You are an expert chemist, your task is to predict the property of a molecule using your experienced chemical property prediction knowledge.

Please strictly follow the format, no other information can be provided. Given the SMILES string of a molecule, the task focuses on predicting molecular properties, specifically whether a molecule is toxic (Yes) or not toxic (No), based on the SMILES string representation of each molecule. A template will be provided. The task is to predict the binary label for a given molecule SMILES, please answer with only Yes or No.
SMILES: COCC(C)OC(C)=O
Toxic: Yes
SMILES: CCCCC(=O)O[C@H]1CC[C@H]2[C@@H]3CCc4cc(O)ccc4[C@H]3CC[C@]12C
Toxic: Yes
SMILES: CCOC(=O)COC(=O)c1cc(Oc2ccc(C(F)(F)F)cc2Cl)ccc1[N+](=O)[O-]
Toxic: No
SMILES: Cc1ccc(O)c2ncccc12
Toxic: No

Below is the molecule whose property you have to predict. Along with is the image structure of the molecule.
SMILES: CSc1nnc(C(C)(C)C)c(=O)n1N
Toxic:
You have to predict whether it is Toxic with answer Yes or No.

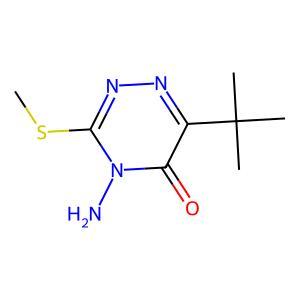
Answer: No